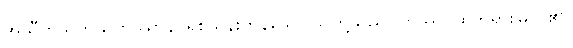
အသီတိသတသဟဿာနိ၊ ရှစ်သိန်းကုန်သော သူတို့သည်။ တဿ၊ ထိုဘုရားမြတ်၏။